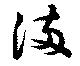
滿